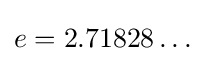
e=2.71828\ldots